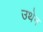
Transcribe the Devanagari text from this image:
उथेन